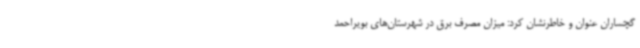
گچساران عنوان و خاطرنشان کرد:‌ میزان مصرف برق در شهرستان‌های بویراحمد